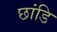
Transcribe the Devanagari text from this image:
छांडि